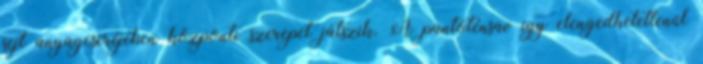
sejt anyagcseréjében központi szerepet játszik. A pantoténsav így elengedhetetlenül